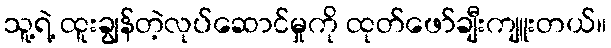
သူ့ရဲ့ ထူးချွန်တဲ့လုပ်ဆောင်မှုကို ထုတ်ဖော်ချီးကျူးတယ်။